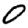
Digit: 0